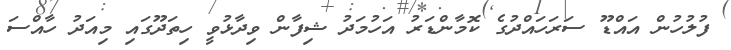
ފުލުހުން އައްޑޫ ސަރަހައްދުގެ ކޮމާންޑަރު އަހުމަދު ޝިފާން ވިދާޅުވީ ހިތަދޫގައި މިއަދު ހާއްސަ